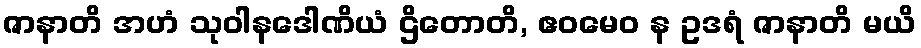
ဇာနာတိ အဟံ သုဝါနဒေါဏိယံ ဌိတောတိ, ဧဝမေဝ န ဥဒရံ ဇာနာတိ မယိ